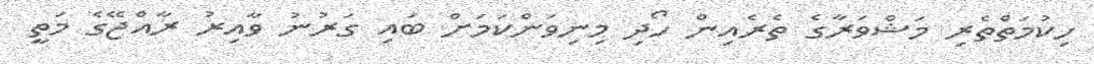
ހިކުމަތްތެރި މަޝްވަރާގެ ތެރެއިން ހޯދި މިނިވަންކަމަށް ބައި ގަރުނު ވާއިރު ރާއްޖޭގެ މަތީ